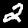
Digit: 2